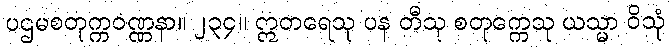
ပဌမစတုက္ကဝဏ္ဏနာ။ ၂၃၄။ ဣတရေသု ပန တီသု စတုက္ကေသု ယသ္မာ ဝိသုံ